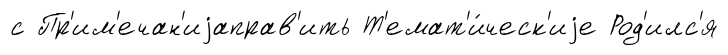
с Пр'им'ечан'иjаправ'ить Т'емат'и́ческ'иjе Род'илс'я